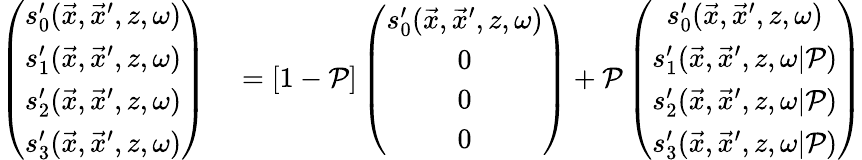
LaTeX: \begin{array}{rl}{\left(\begin{array}{c}{s_{0}^{\prime}(\vec{x},\vec{x}^{\prime},z,\omega)}\\ {s_{1}^{\prime}(\vec{x},\vec{x}^{\prime},z,\omega)}\\ {s_{2}^{\prime}(\vec{x},\vec{x}^{\prime},z,\omega)}\\ {s_{3}^{\prime}(\vec{x},\vec{x}^{\prime},z,\omega)}\end{array}\right)}&{{}=\left[1-\mathcal{P}\right]\left(\begin{array}{c}{s_{0}^{\prime}(\vec{x},\vec{x}^{\prime},z,\omega)}\\ {0}\\ {0}\\ {0}\end{array}\right)+\mathcal{P}\left(\begin{array}{c}{s_{0}^{\prime}(\vec{x},\vec{x}^{\prime},z,\omega)}\\ {s_{1}^{\prime}(\vec{x},\vec{x}^{\prime},z,\omega|\mathcal{P})}\\ {s_{2}^{\prime}(\vec{x},\vec{x}^{\prime},z,\omega|\mathcal{P})}\\ {s_{3}^{\prime}(\vec{x},\vec{x}^{\prime},z,\omega|\mathcal{P})}\end{array}\right)}\end{array}